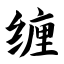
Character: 缠